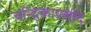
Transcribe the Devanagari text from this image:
चन्द्रिकाप्रसाद